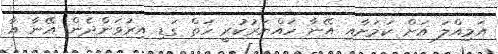
އަމިއްލަ އަށް ކަމަށާއި އޭނާ ހައްޔަރުކުރީ ހަތް ގަޑި އިރުވަންދެން އޭނާ އާ